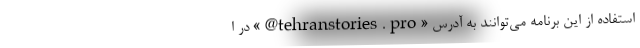
استفاده از این برنامه می‌توانند به آدرس «tehranstories.pro@» در ا